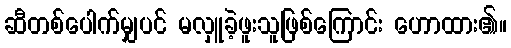
ဆီတစ်ပေါက်မျှပင် မလှူခဲ့ဖူးသူဖြစ်ကြောင်း ဟောထား၏။